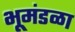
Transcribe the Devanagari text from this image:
भूमंडळा